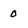
Character: 0